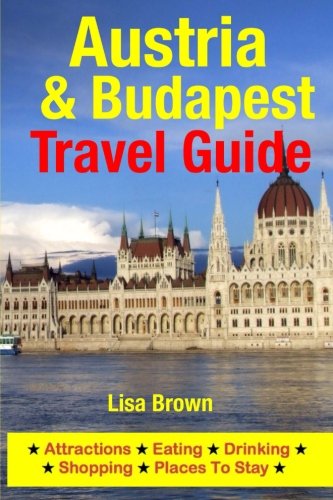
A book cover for Austria & Budapest Travel Guide: Attractions, Eating, Drinking, Shopping & Places To Stay; Lisa Brown; Travel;